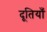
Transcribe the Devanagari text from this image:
दूतियाँ